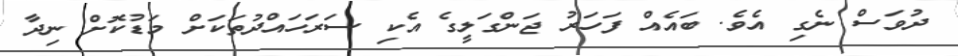
ދުވަސް ނެގި އެވެ. ބައެއް ފަހަރު ޖަންގަލީގެ އެކި ސަރަހައްދުތަކަށް މަޑުކޮށް ނިދާ